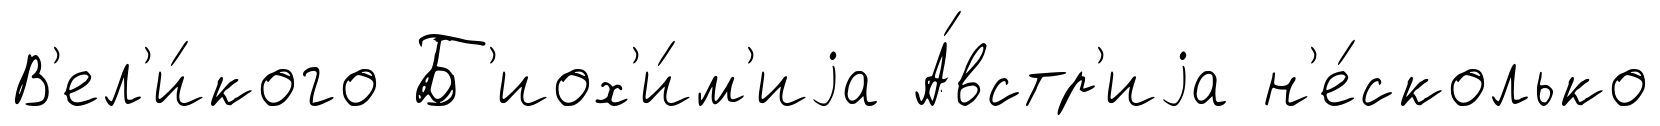
В'ел'и́кого Б'иох'и́м'иjа А́встр'иjа н'е́сколько